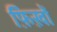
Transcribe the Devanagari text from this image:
फ़िख़ों